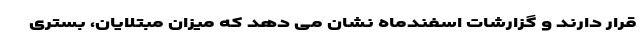
قرار دارند و گزارشات اسفندماه نشان می دهد که میزان مبتلایان، بستری